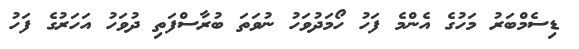
ޑިސެމްބަރު މަހުގެ އެންމެ ފަހު ހޯމަދުވަހު ނުވަތަ ބުރާސްފަތި ދުވަހު އަހަރުގެ ފަހު